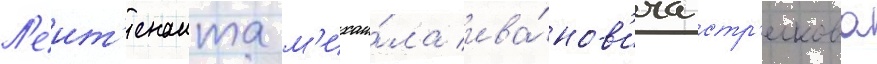
Л'еит'енанта м'ихаи́ла ива́нов'ича стр'елкова